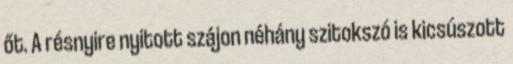
őt. A résnyire nyitott szájon néhány szitokszó is kicsúszott